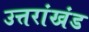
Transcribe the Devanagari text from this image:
उत्तरांखंड